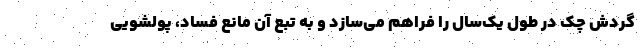
گردش چک در طول یک‌سال را فراهم می‌سازد و به تبع آن مانع فساد، پولشویی